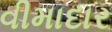
વીમાદાર